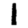
Digit: 1